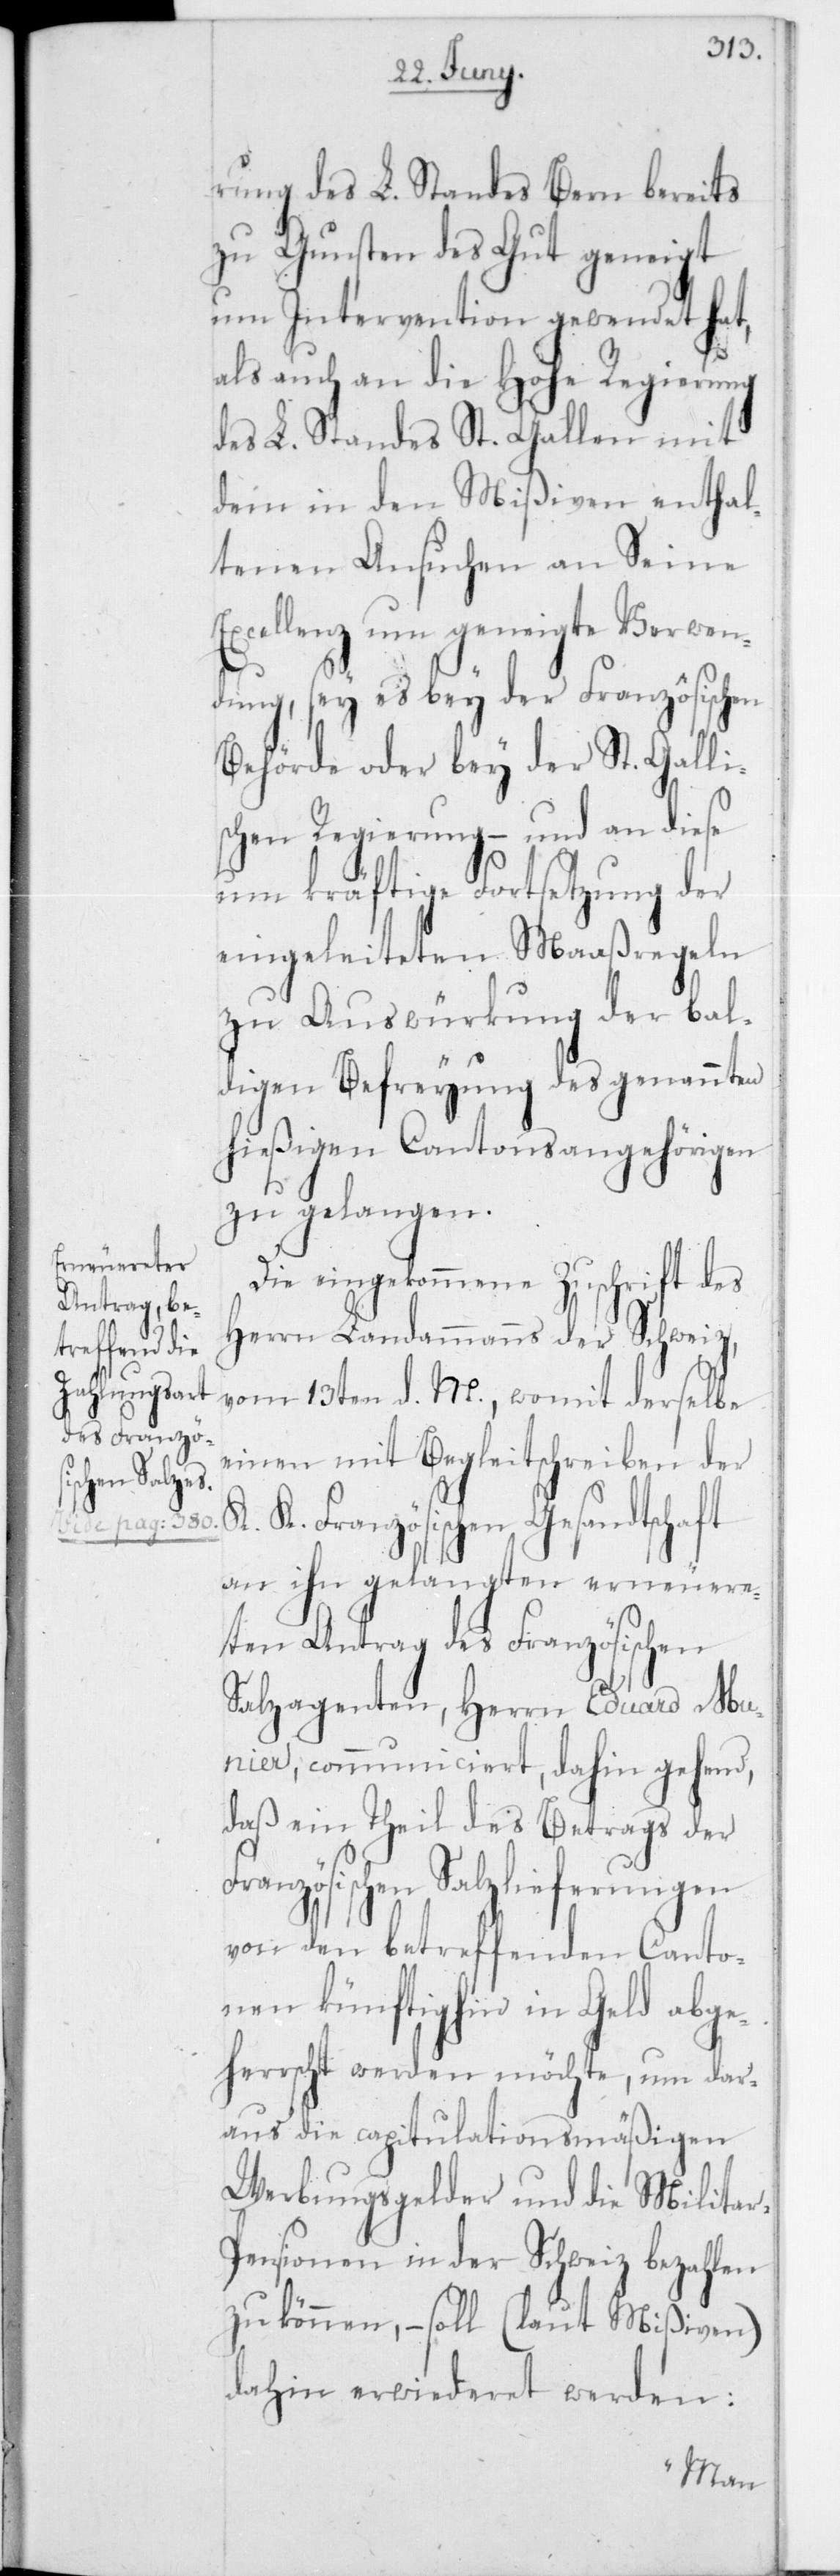
rung des L. Standes Bern bereits
zu Gunsten des Gut geneigt
um Intervention gewendet hat,
als auch an die Hohe Regierung
des L. Standes St. Gallen mit
dem in den Mißiven enthal¬
tenen Ansuchen an Seine E¬
xcellenz um geneigte Verwen¬
dung, sey es bey der Französischen
Behörde oder bey der St. Galli¬
schen Regierung, – und an diese
um kräftige Fortsetzung der
eingeleiteten Maaßregeln
zu Auswürkung der bal¬
digen Befreyung des genannten
hießigen Cantonsangehörigen
zu gelangen.
Die eingekommene Zuschrift des
Herrn Landammanns der Schweiz,
vom 13ten d. M., womit derselbe
einen mit Begleitschreiben der
K. Französischen Gesandtschaft
an ihn gelangten erneuere¬
ten Antrag des Französischen
Salzagenten, Herrn Eduard M¬
unier, communiciert, dahin gehend,
daß ein Theil des Betrags der
ranzösischen Salzlieferungen
von den betreffenden Canto¬
nen künftighin in Geld abge¬
herrscht werden möchte, um dar¬
aus die capitulationsmäßigen
Werbungsgelder und die Militar-P¬
ensionen in der Schweiz bezahlen
zu können, – soll (laut Mißiven)
dahin erwideret werden:
F¬